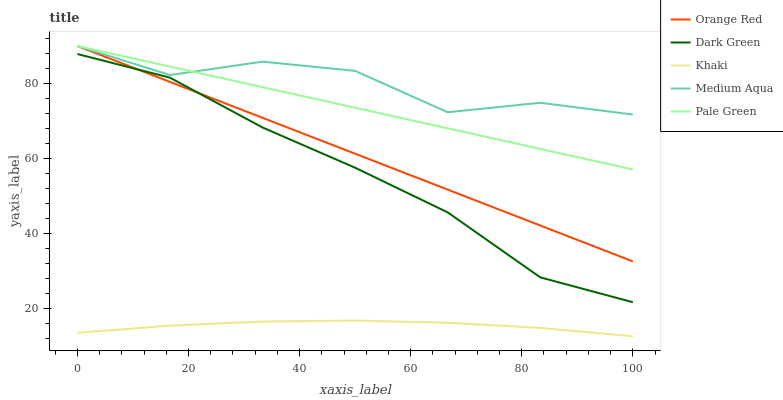
| xaxis_label | Orange Red | Dark Green | Khaki | Medium Aqua | Pale Green |
 | --- | --- | --- | --- | --- | --- |
 | 0 | 90 | 87.9 | 13.6 | 90 | 90 |
 | 16.7 | 80.4 | 81.6 | 15.5 | 82.3 | 84.5 |
 | 33.3 | 70.9 | 68.3 | 16.5 | 85.8 | 79 |
 | 50 | 61.3 | 57.6 | 16.8 | 83.4 | 73.5 |
 | 66.7 | 51.7 | 45.6 | 16.2 | 72.3 | 68.1 |
 | 83.3 | 42.1 | 28.3 | 14.8 | 74.9 | 62.6 |
 | 100 | 32.6 | 21.7 | 12.6 | 71.7 | 57.1 |